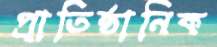
প্রাতিষ্ঠানিক